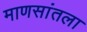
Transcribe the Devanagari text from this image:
माणसांतला